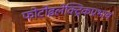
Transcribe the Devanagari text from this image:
फोटोइलेक्ट्रिकप्रभाव